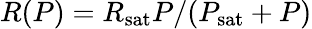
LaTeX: R(P)=R_{\textrm{sat}}P/(P_{\textrm{sat}}+P)